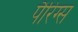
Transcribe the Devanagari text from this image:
पैरिंग्स